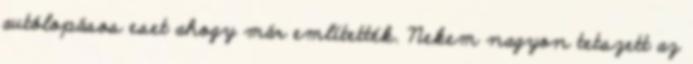
autólopásos eset ahogy már említették. Nekem nagyon tetszett az